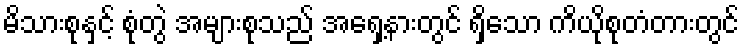
မိသားစုနှင့် စုံတွဲ အများစုသည် အရှေ့နားတွင် ရှိသော ကိယိုစုတံတားတွင်